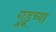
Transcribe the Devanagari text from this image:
गुडूच्या